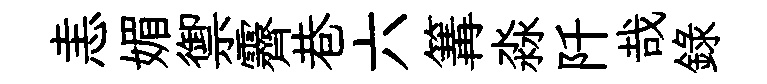
恚媚禦霽巷六篝淼阡哉録